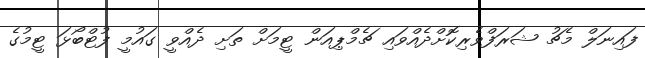
ފައިނަލް މެޗު ޝަރަފްވެރިކޮށްދެއްވައި ޗެމްޕިއަން ޓީމަށް ތަށި ދެއްވީ ގައުމީ ފުޓްބޯޅަ ޓީމުގެ